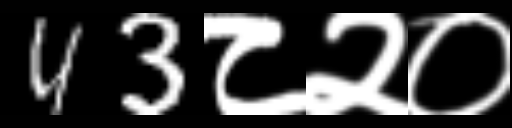
Text: 43८२०